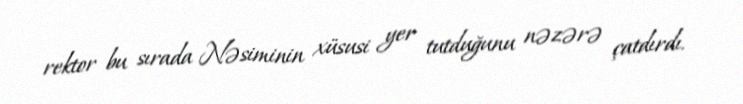
rektor bu sırada Nəsiminin xüsusi yer tutduğunu nəzərə çatdırdı.